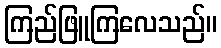
ကြည်ဖြူကြလေသည်။